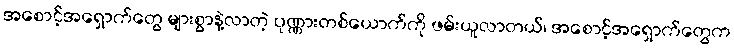
အစောင့်အရှောက်တွေ များစွာနဲ့လာတဲ့ ပုဏ္ဏားတစ်ယောက်ကို ဖမ်းယူလာတယ်၊ အစောင့်အရှောက်တွေက